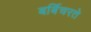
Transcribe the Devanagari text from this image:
बर्बिचरते